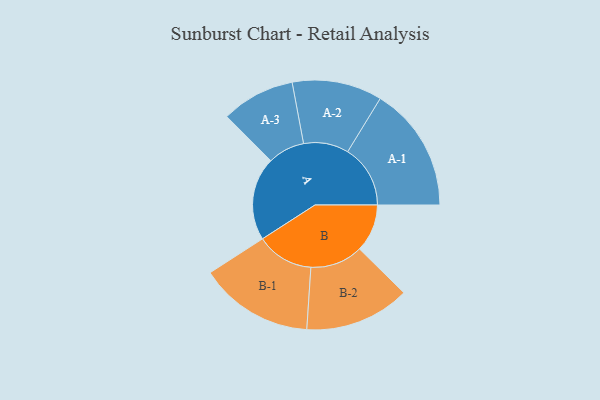
{"axis": {"x": "Segment", "y": "Value"}, "legend": ["", "A", "B"], "data": [{"x": "A", "y": 274, "type": ""}, {"x": "B", "y": 157, "type": ""}, {"x": "A-1", "y": 206, "type": "A"}, {"x": "A-2", "y": 148, "type": "A"}, {"x": "A-3", "y": 121, "type": "A"}, {"x": "B-1", "y": 188, "type": "B"}, {"x": "B-2", "y": 173, "type": "B"}]}